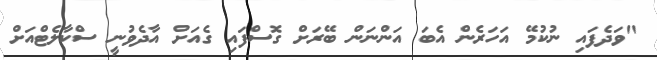
"ވަދެފައި ނުކުމޭ އަހަރެން އެބަ އަންނަން ބޭރަށް ގޮސްފައި ގެއަށް އާދެވުނީ ސްކާލެޓްއަށް